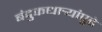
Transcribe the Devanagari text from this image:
बंदुकधार्‍यांपुढे